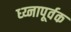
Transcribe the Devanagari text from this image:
ध्य्नापूर्वक